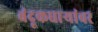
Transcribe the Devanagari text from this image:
बंदूकधार्‍यांवर